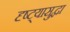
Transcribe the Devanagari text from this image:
दृष्ट्यासुद्धा